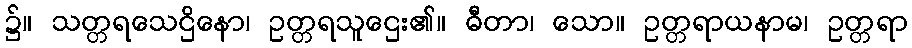
၌။ သတ္တရသေဌိနော၊ ဥတ္တရသူဌေး၏။ ဓီတာ၊ သော။ ဥတ္တရာယနာမ၊ ဥတ္တရာ